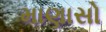
માણાસો